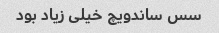
سس ساندویچ خیلی زیاد بود